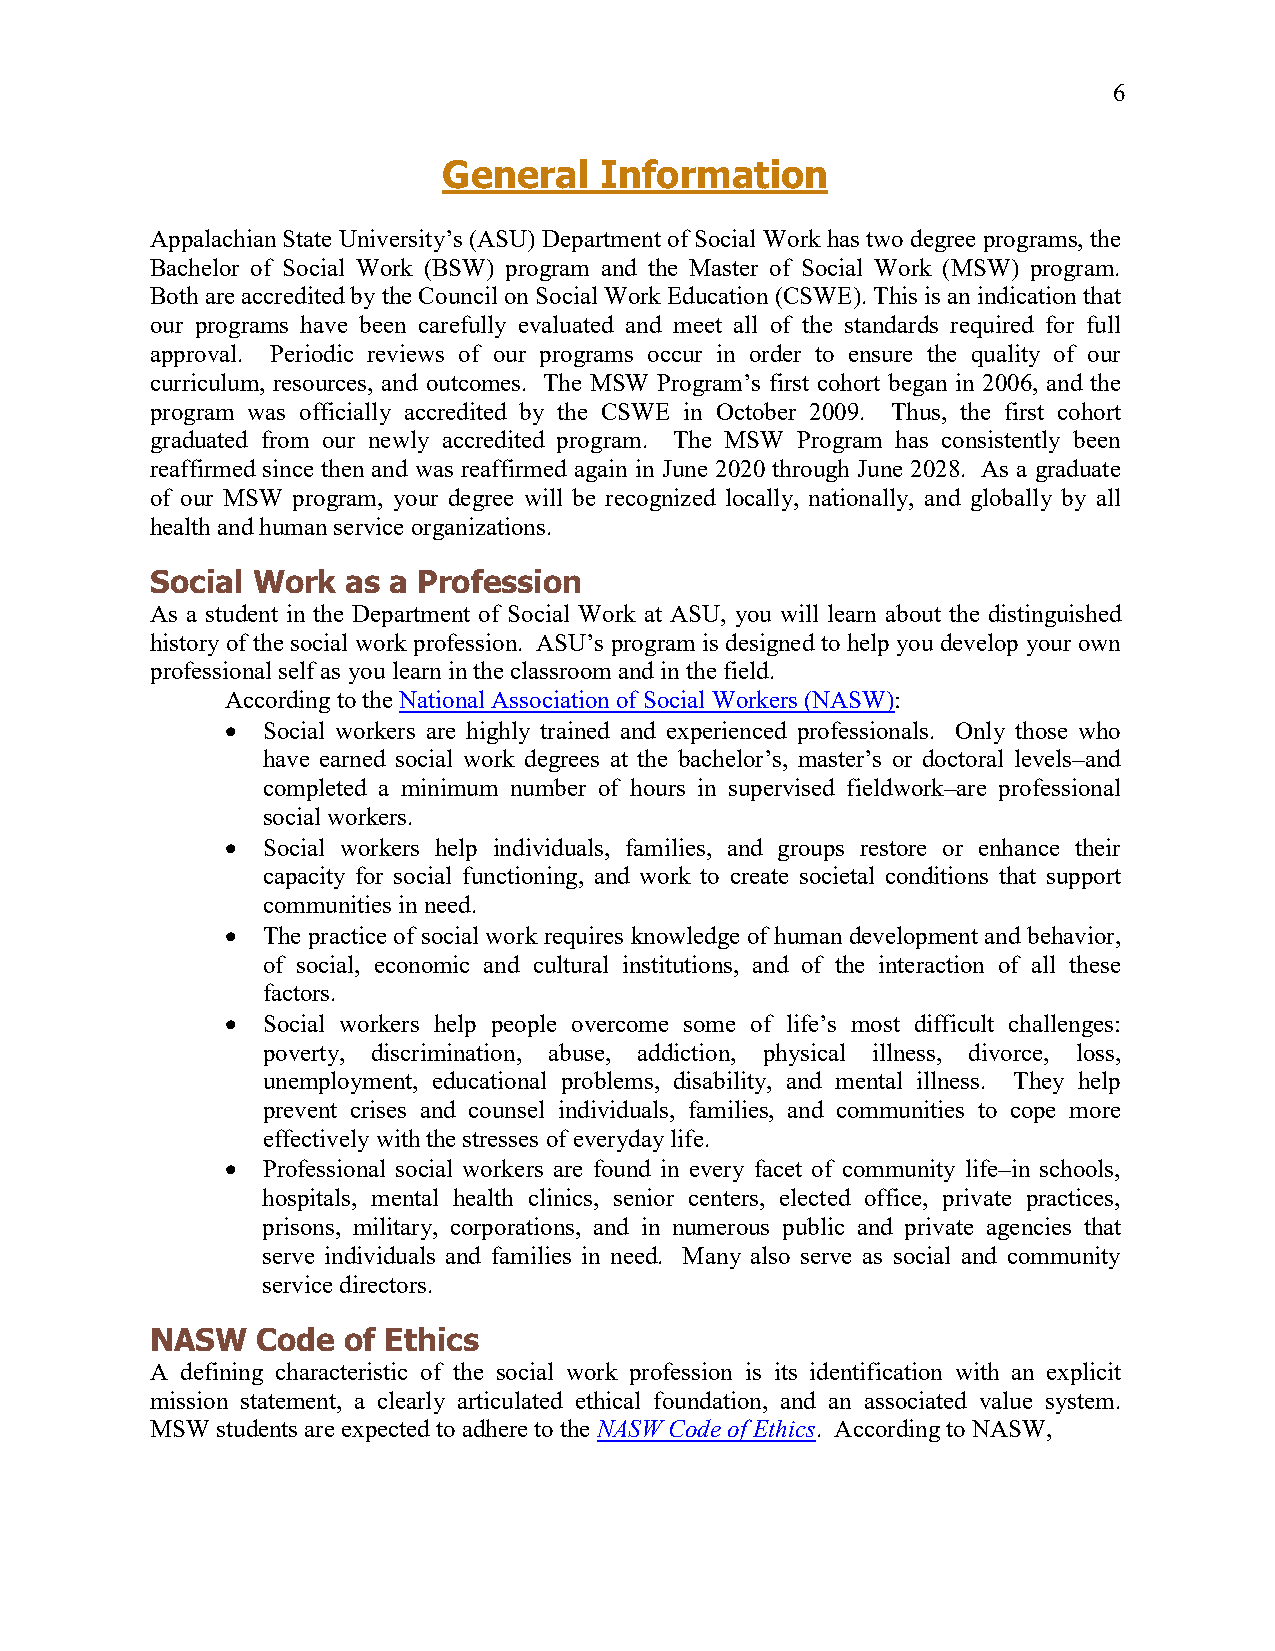
6
 General    Information
 Appalachian State University’s (ASU) Department of Social Work has two degree programs, the
 Bachelor of Social Work (BSW) program and the Master of Social Work (MSW) program.
 Both are accredited by the Council on Social Work Education (CSWE). This is an indication that
 our programs have been carefully evaluated and meet all of the standards required for full
 approval. Periodic reviews of our programs occur in order to ensure the quality of our
 curriculum, resources, and outcomes. The MSW Program’s first cohort began in 2006, and the
 program was officially accredited by the CSWE in October 2009. Thus, the first cohort
 graduated from our newly accredited program. The MSW Program has consistently been
 reaffirmed since then and was reaffirmed again in June 2020 through June 2028. As a graduate
 of our MSW program, your degree will be recognized locally, nationally, and globally by all
 health and human service organizations.
 Social Work  as a Profession
 As a student in the Department of Social Work at ASU, you will learn about the distinguished
 history of the social work profession. ASU’s program is designed to help you develop your own
 professional self as you learn in the classroom and in the field.
 According to the National Association of Social Workers (NASW):
 • Social workers are highly trained and experienced professionals. Only those who
 have earned social work degrees at the bachelor’s, master’s or doctoral levels–and
 completed a minimum number of hours in supervised fieldwork–are professional
 social workers.
 • Social workers help individuals, families, and groups restore or enhance their
 capacity for social functioning, and work to create societal conditions that support
 communities in need.
 • The practice of social work requires knowledge of human development and behavior,
 of social, economic and cultural institutions, and of the interaction of all these
 factors.
 • Social workers help people overcome some of life’s most difficult challenges:
 poverty, discrimination, abuse, addiction, physical illness, divorce, loss,
 unemployment, educational problems, disability, and mental illness. They help
 prevent crises and counsel individuals, families, and communities to cope more
 effectively with the stresses of everyday life.
 • Professional social workers are found in every facet of community life–in schools,
 hospitals, mental health clinics, senior centers, elected office, private practices,
 prisons, military, corporations, and in numerous public and private agencies that
 serve individuals and families in need. Many also serve as social and community
 service directors.
 NASW   Code  of Ethics
 A defining characteristic of the social work profession is its identification with an explicit
 mission statement, a clearly articulated ethical foundation, and an associated value system.
 MSW students are expected to adhere to the NASW Code of Ethics. According to NASW,